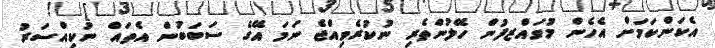
އެކަންކަމަށް އެހެން މުވައްޒފުން ހޭލުންތެރި ނުކުރެވިއްޖެ ނަމަ އޭގެ ސަބަބުން އެތައް ނުކިއްސަރު